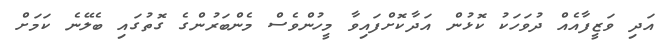
އަދި ވަޒީފާއެއް ދުވަހަކު ކޮޅުން އަދާކޮށްފައިވާ މީހުންވެސް މެންބަރުންގެ ގޮތުގައި ބެލޭނެ ކަމަށް